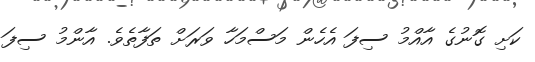
ކަށި ގޮނުގެ އާއްމު ސިފަ އެހެން މަސްމަހާ ވަރަށް ތަފާތެވެ. އާންމު ސިފަ